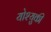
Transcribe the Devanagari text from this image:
योश्युकी